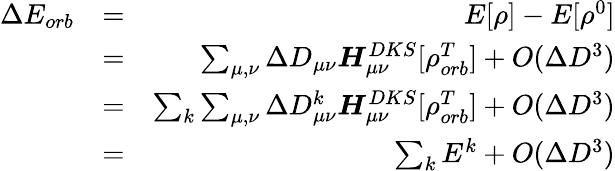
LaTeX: \begin{array}{rlr}{\Delta E_{orb}}&{=}&{E[\rho]-E[\rho^{0}]}\\ &{=}&{\sum_{\mu,\nu}\Delta D_{\mu\nu}\boldsymbol{H}_{\mu\nu}^{DKS}[\rho_{orb}^{T}]+O(\Delta D^{3})}\\ &{=}&{\sum_{k}\sum_{\mu,\nu}\Delta D_{\mu\nu}^{k}\boldsymbol{H}_{\mu\nu}^{DKS}[\rho_{orb}^{T}]+O(\Delta D^{3})}\\ &{=}&{\sum_{k}E^{k}+O(\Delta D^{3})}\end{array}